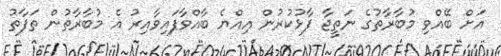
އަށް ބޭއްވި މުބާރާތުގެ ނަތީޖާ ފާޅުކުރުން އިއްޔެ ބާއްވާފައިވާއިރު އެ މުބާރާތުން ތަފާތު